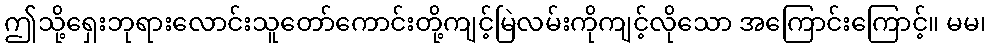
ဤသို့ရှေးဘုရားလောင်းသူတော်ကောင်းတို့ကျင့်မြဲလမ်းကိုကျင့်လိုသော အကြောင်းကြောင့်။ မမ၊